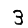
Digit: 3